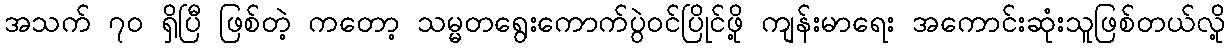
အသက် ၇၀ ရှိပြီ ဖြစ်တဲ့ ကတော့ သမ္မတရွေးကောက်ပွဲဝင်ပြိုင်ဖို့ ကျန်းမာရေး အကောင်းဆုံးသူဖြစ်တယ်လို့